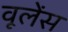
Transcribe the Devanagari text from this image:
वूलेंस